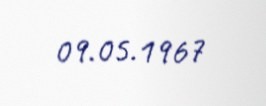
09.05.1967